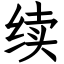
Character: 续